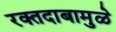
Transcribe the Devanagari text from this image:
रक्तदाबामुळे